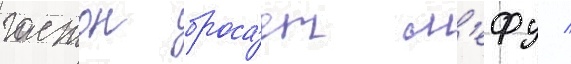
гастон броса́ет л'ефу /